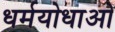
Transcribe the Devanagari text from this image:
धर्मयोधाओ